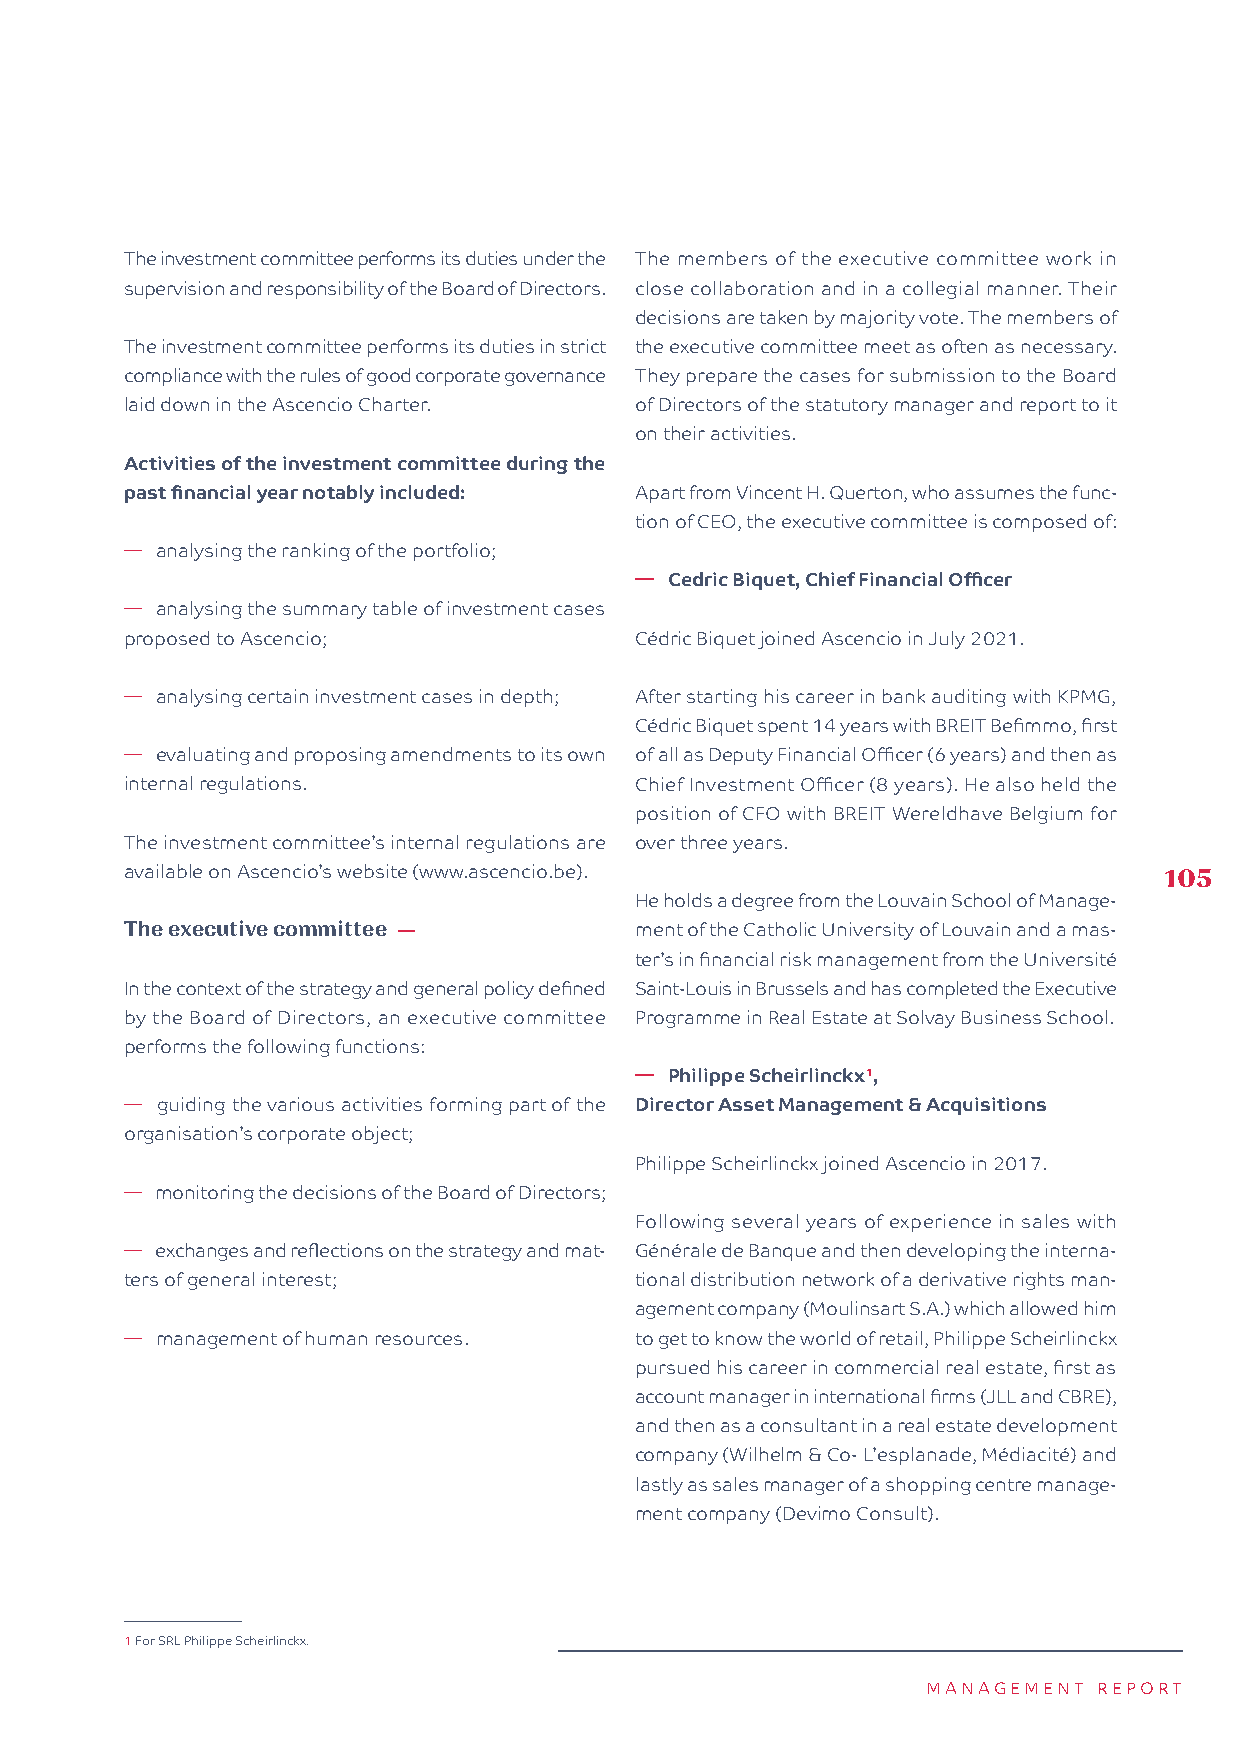
The investment committee performs its duties under the The members of the executive committee work in
 supervision and responsibility of the Board of Directors. close collaboration and in a collegial manner. Their
 decisions are taken by majority vote. The members of
 The investment committee performs its duties in strict the executive committee meet as often as necessary.
 compliance with the rules of good corporate governance They prepare the cases for submission to the Board
 laid down in the Ascencio Charter. of Directors of the statutory manager and report to it
 on their activities.
 Activities of the investment committee during the
 past financial year notably included: Apart from Vincent H. Querton, who assumes the func-
 tion of CEO, the executive committee is composed of:
 � analysing the ranking of the portfolio;
 � Cedric Biquet, Chief Financial Officer
 � analysing the summary table of investment cases
 proposed to Ascencio;             Cédric Biquet joined Ascencio in July 2021.
 � analysing certain investment cases in depth; After starting his career in bank auditing with KPMG,
 Cédric Biquet spent 14 years with BREIT Befimmo, first
 � evaluating and proposing amendments to its own of all as Deputy Financial Officer (6 years) and then as
 internal regulations.             Chief Investment Officer (8 years). He also held the
 position of CFO with BREIT Wereldhave Belgium for
 The investment committee’s internal regulations are over three years.
 available on Ascencio’s website (www.ascencio.be).                   105
 He holds a degree from the Louvain School of Manage-
 The executive committee —         ment of the Catholic University of Louvain and a mas-
 ter’s in financial risk management from the Université
 In the context of the strategy and general policy defined Saint-Louis in Brussels and has completed the Executive
 by the Board of Directors, an executive committee Programme in Real Estate at Solvay Business School.
 performs the following functions:
 � Philippe Scheirlinckx1,
 � guiding the various activities forming part of the Director Asset Management & Acquisitions
 organisation’s corporate object;
 Philippe Scheirlinckx joined Ascencio in 2017.
 � monitoring the decisions of the Board of Directors;
 Following several years of experience in sales with
 � exchanges and reflections on the strategy and mat- Générale de Banque and then developing the interna-
 ters of general interest;         tional distribution network of a derivative rights man-
 agement company (Moulinsart S.A.) which allowed him
 � management of human resources.  to get to know the world of retail, Philippe Scheirlinckx
 pursued his career in commercial real estate, first as
 account manager in international firms (JLL and CBRE),
 and then as a consultant in a real estate development
 company (Wilhelm & Co- L’esplanade, Médiacité) and
 lastly as sales manager of a shopping centre manage-
 ment company (Devimo Consult).
 1 For SRL Philippe Scheirlinckx.
 MANAGEMENT  REPORT